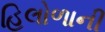
હિલોળાની